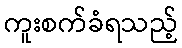
ကူးစက်ခံရသည့်